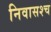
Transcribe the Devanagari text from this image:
निवासश्च